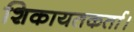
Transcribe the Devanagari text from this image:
शिकायतकर्ता।